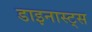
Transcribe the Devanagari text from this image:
डाइनास्ट्स